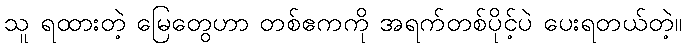
သူ ရထားတဲ့ မြေတွေဟာ တစ်ဧကကို အရက်တစ်ပိုင့်ပဲ ပေးရတယ်တဲ့။